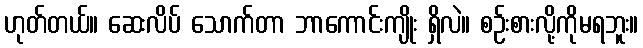
ဟုတ်တယ်။ ဆေးလိပ် သောက်တာ ဘာကောင်းကျိုး ရှိလဲ။ စဉ်းစားလို့ကိုမရဘူး။